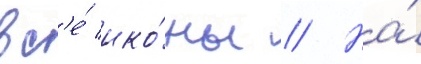
вс'е́ ико́ны // На́